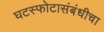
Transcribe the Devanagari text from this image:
घटस्फोटासंबंधीचा